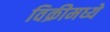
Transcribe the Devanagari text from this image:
विक्रीमध्ये